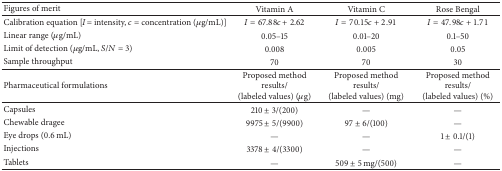
<table><thead><tr><td><b>Figures of merit</b></td><td><b>Vitamin A</b></td><td><b>Vitamin C</b></td><td><b>Rose Bengal</b></td></tr></thead><tbody><tr><td>Calibration equation [<i>I</i>= intensity, <i>c</i> = concentration (μg/mL)]</td><td><i>I</i> = 67.88<i>c</i> + 2.62</td><td><i>I</i> = 70.15<i>c</i> + 2.91</td><td><i>I</i> = 47.98<i>c</i> + 1.71</td></tr><tr><td>Linear range (μg/mL)</td><td>0.05–15</td><td>0.01–20</td><td>0.1–50</td></tr><tr><td>Limit of detection (μg/mL, <i>S</i>/<i>N</i> = 3)</td><td>0.008</td><td>0.005</td><td>0.05</td></tr><tr><td>Sample throughput</td><td>70</td><td>70</td><td>30</td></tr><tr><td>Pharmaceutical formulations</td><td>Proposed method results/(labeled values) (μg)</td><td>Proposed method results/(labeled values) (mg)</td><td>Proposed method results/(labeled values) (%)</td></tr><tr><td>Capsules</td><td>210 ± 3/(200)</td><td>—</td><td>—</td></tr><tr><td>Chewable dragee</td><td>9975 ± 5/(9900)</td><td>97 ± 6/(100)</td><td>—</td></tr><tr><td>Eye drops (0.6 mL)</td><td>—</td><td>—</td><td>1 ± 0.1/(1)</td></tr><tr><td>Injections</td><td>3378 ± 4/(3300)</td><td>—</td><td>—</td></tr><tr><td>Tablets</td><td>—</td><td>509 ± 5 mg/(500)</td><td>—</td></tr></tbody></table>